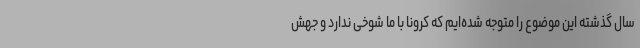
سال گذشته این موضوع را متوجه شده‌ایم که کرونا با ما شوخی ندارد و جهش